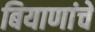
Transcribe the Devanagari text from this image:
बियाणांचे